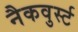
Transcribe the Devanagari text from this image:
नैकवुर्स्ट